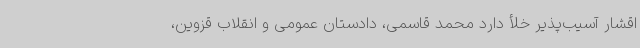
اقشار آسیب‌پذیر خلأ دارد محمد قاسمی، دادستان عمومی و انقلاب قزوین،